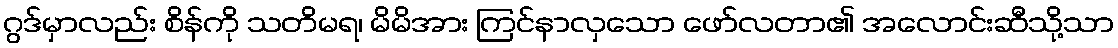
ဂွဒ်မှာလည်း စိန်ကို သတိမရ၊ မိမိအား ကြင်နာလှသော ဖော်လတာ၏ အလောင်းဆီသို့သာ